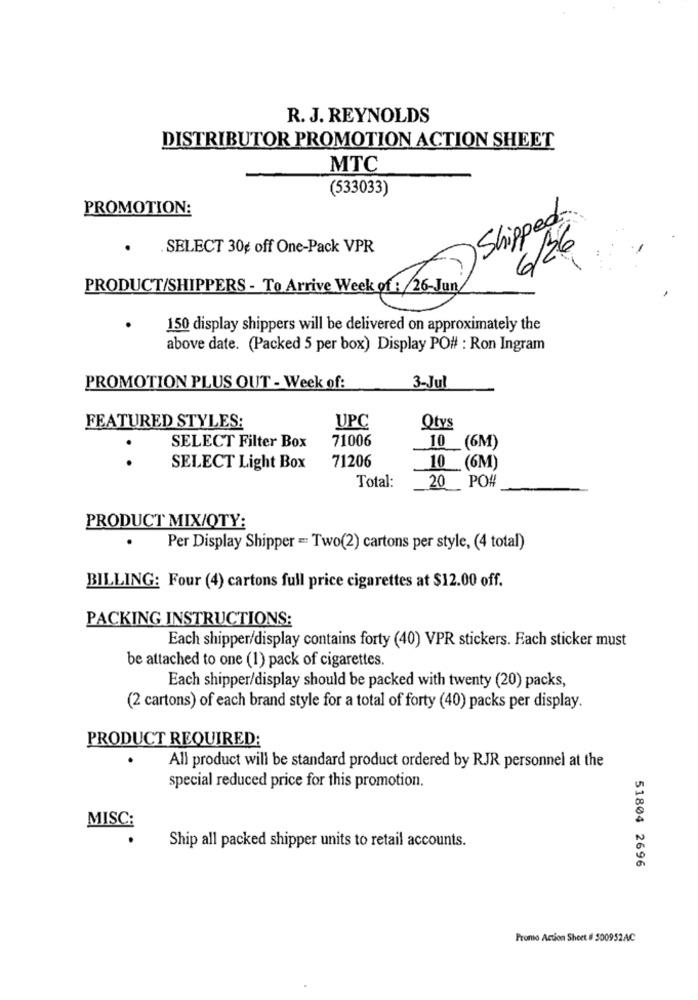
R. J. REYNOLDS
DISTRIBUTOR PROMOTION ACTION SHEET
MTC
(533033)
PROMOTION:
Shipped
.SELECT 30g off One-Pack VPR
/26
PRODUCT/SHIPPERS - To Arrive Week of : 26-Jun.
150 display shippers will be delivered on approximately the
above date. (Packed 5 per box) Display PO# : Ron Ingram
PROMOTION PLUS OUT - Week of:
3-Jul
FEATURED STYLES:
UPC
Qtys
SELECT Filter Box
71006
10 (6M)
..
SELECT Light Box
71206
10 (6M)
PO#
Total:
20
PRODUCT MIX/OTY:
.
Per Display Shipper = Two(2) cartons per style, (4 total)
BILLING: Four (4) cartons full price cigarettes at $12.00 off.
PACKING INSTRUCTIONS:
Each shipper/display contains forty (40) VPR stickers. Each sticker must
be attached to one (1) pack of cigarettes.
Each shipper/display should be packed with twenty (20) packs,
(2 cartons) of each brand style for a total of forty (40) packs per display.
PRODUCT REQUIRED:
All product will be standard product ordered by RJR personnel at the
special reduced price for this promotion.
MISC:
Ship all packed shipper units to retail accounts.
51804 2696
Promo Action Sheet # 500952AC